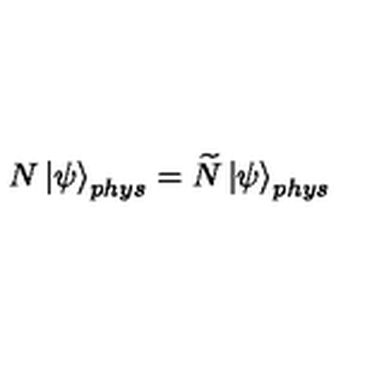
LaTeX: N \left| \psi \right\rangle _ { p h y s } = \widetilde { N } \left| \psi \right\rangle _ { p h y s }